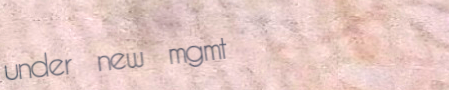
under new mgmt